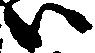
ハ